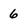
Character: 6